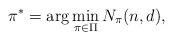
LaTeX: \begin{align*}\pi^*=\arg\min_{\pi\in \Pi} N_{\pi}(n,d),\end{align*}